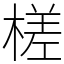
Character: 槎